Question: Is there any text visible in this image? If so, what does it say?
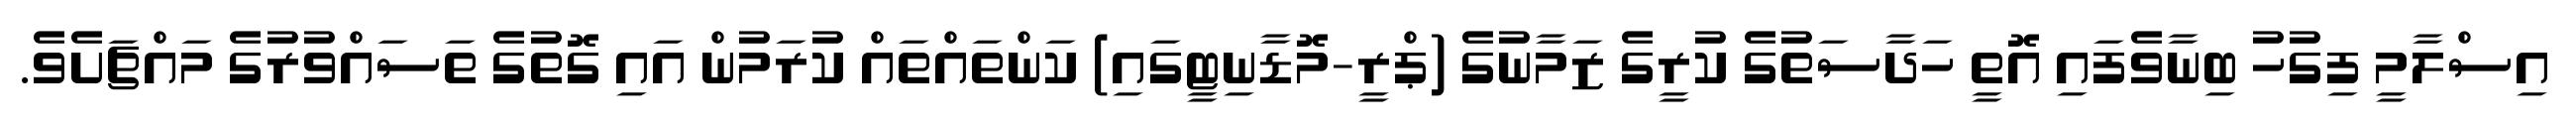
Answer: އިސްލާމީ ފިގުހު ބިނާވެފައި އޮތީ ހަދާސަތުގެ ކުރީގެ ޒަމާނުގެ (ޕްރީ-މޮޑާނިޓީގައި) ކަންތައްތައް ކުރަމުން އައި ގޮތުގެ ތަސައްވުރުގެ މައްޗަށެވެ.